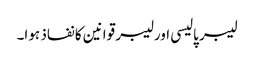
لیبر پالیسی اور لیبر قوانین کا نفاذ ہوا۔